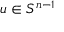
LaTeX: u \in S ^ { n - 1 }